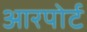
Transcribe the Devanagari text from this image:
आरपोर्ट